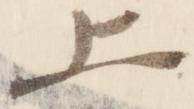
上